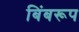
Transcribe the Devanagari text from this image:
बिंबरूप